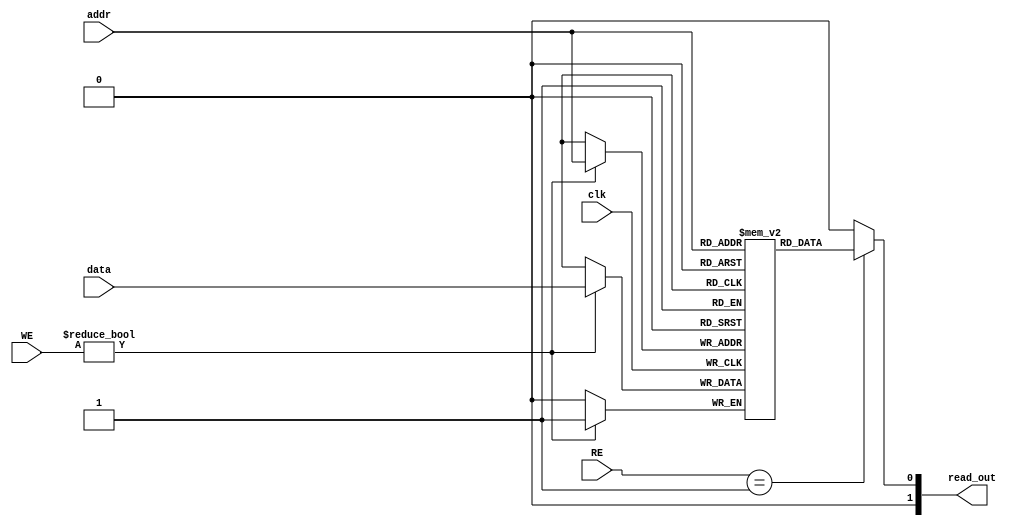
module regfile (input clk, data, 
input [1:0]WE,RE,
input addr,
output [1:0] read_out);
reg rf[1:0];
// 2X2 bit register file
always @ (posedge clk)
if (WE) rf[addr] <= data;
assign read_out = (RE == 1) ? rf[addr] : 0;
endmodule